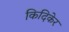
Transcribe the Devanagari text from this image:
किदिकेर